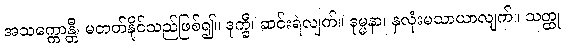
အသက္ကောန္တီ၊ မတတ်နိုင်သည်ဖြစ်၍။ ဒုက္ခီ၊ ဆင်းရဲလျက်။ ဒုမ္မနာ၊ နှလုံးမသာယာလျက်။ သတ္ထု